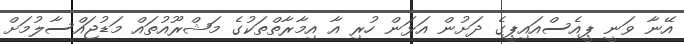
އޭނާ ވަނީ ޕީއެސްއައިޕީގެ ދަށުން އަޅަން ހުރި އާ އިމާރާތްތަކުގެ މަޝްރޫއުތައް މަޑުޖައްސާލުމަށް